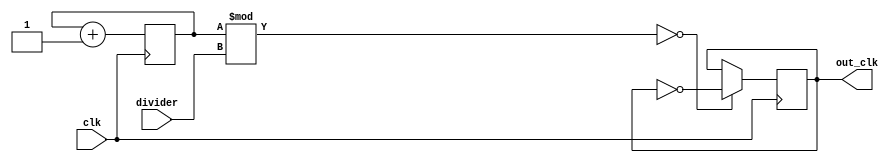
module low_freq_counter(
		input wire clk,
		input wire[3:0] divider,
        output reg out_clk
	);
	
	initial begin
		out_clk <= 0;		
	end

	reg [7:0] counter =0;
	always @(posedge clk)begin
		counter <= counter +1;;
		if(counter % divider == 0)begin
			out_clk = ~ out_clk;
		end	
	end

endmodule